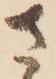
さ